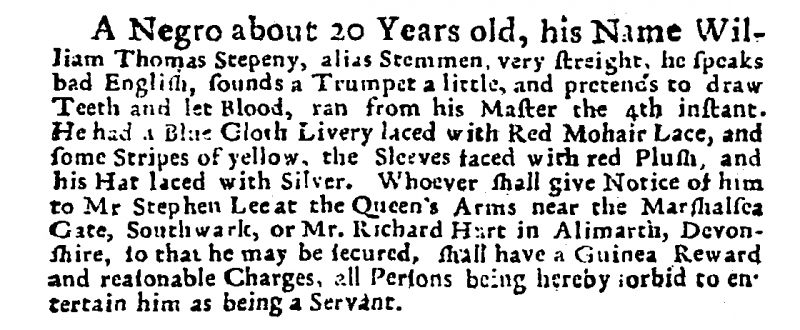
Post Man and the Historical Account, 21 August 1718 (England)
A Negro about 20 Years old, his Name William Thomas Stepeny, alias Stemmen, very streight, he speaks bad English, sounds a Trumpet a little, and pretends to draw Teeth and let Blood, ran from his Master the 4th instant. He had a Blue Cloth Livery laced with Red Mohair Lace, and some Stripes of yellow, the Sleeves faced with red Plush, and his Hat laced with Silver. Whoever shall give Notice of him to Mr Stephen Lee at the Queen’s Arms near the Marshalsea Gate, Southwark, or to Mr. Richard Hart in Alimarth, Devonshire, so that he may be secured, shall have a Guinea Reward and reasonable Charges, all Persons being hereby forbid to entertain him as being a Servant.